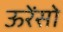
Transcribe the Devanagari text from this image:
ऊरेंसो